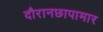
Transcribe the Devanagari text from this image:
दौरानछापामार